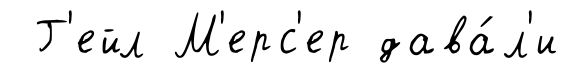
Г'ейл М'ерс'ер дава́л'и